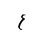
Letter: _ayn